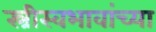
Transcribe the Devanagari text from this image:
स्त्रीस्वभावांच्या